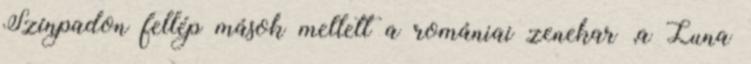
Színpadon fellép mások mellett a romániai zenekar ,a Luna